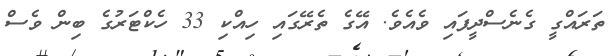
ތަރައްގީ ގެނެސްދީފައި ވެއެވެ. އޭގެ ތެރޭގައި ހިއްކި 33 ހެކްޓަރުގެ ބިން ވެސް